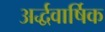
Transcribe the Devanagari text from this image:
अर्द्धवार्षिक